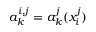
a _ { k } ^ { i , j } = a _ { k } ^ { j } ( x _ { i } ^ { j } )